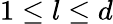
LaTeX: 1\leq l\leq d